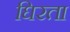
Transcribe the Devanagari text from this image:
घिरता